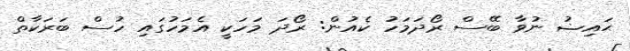
ޙައިޟު ނުވާ ބޭސް ރޯދަމަހު ކެއުން: ރޯދަ މަހަކީ އެމަހުގައި ހުސް ބަރަކާތް